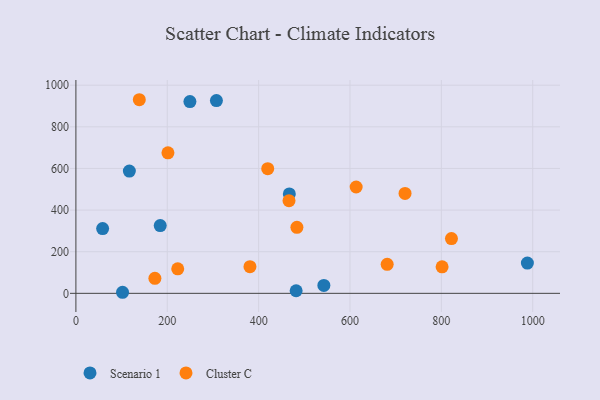
{"axis": {"x": "Price", "y": "Salary"}, "legend": ["Cluster C", "Scenario 1"], "data": [{"x": "102.1", "y": 5.1, "type": "Scenario 1"}, {"x": "467.2", "y": 477.5, "type": "Scenario 1"}, {"x": "542.8", "y": 37.9, "type": "Scenario 1"}, {"x": "184.6", "y": 325.4, "type": "Scenario 1"}, {"x": "249.6", "y": 921.5, "type": "Scenario 1"}, {"x": "58.5", "y": 311.2, "type": "Scenario 1"}, {"x": "117.0", "y": 587.3, "type": "Scenario 1"}, {"x": "988.3", "y": 145.2, "type": "Scenario 1"}, {"x": "482.1", "y": 12.4, "type": "Scenario 1"}, {"x": "307.6", "y": 926.0, "type": "Scenario 1"}, {"x": "419.9", "y": 598.8, "type": "Cluster C"}, {"x": "201.5", "y": 675.3, "type": "Cluster C"}, {"x": "466.5", "y": 445.2, "type": "Cluster C"}, {"x": "138.8", "y": 930.2, "type": "Cluster C"}, {"x": "720.5", "y": 479.8, "type": "Cluster C"}, {"x": "172.9", "y": 72.3, "type": "Cluster C"}, {"x": "822.1", "y": 262.9, "type": "Cluster C"}, {"x": "483.8", "y": 317.3, "type": "Cluster C"}, {"x": "801.6", "y": 127.6, "type": "Cluster C"}, {"x": "381.0", "y": 128.3, "type": "Cluster C"}, {"x": "681.4", "y": 139.4, "type": "Cluster C"}, {"x": "613.5", "y": 511.0, "type": "Cluster C"}, {"x": "222.9", "y": 117.7, "type": "Cluster C"}]}